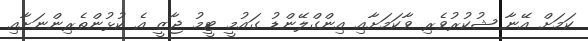
ކަމަށް އޭނާ ޝުކުރުވެރި ވާކަމަށާއި އިންގްލޭންޑު ގައުމީ ޓީމު ޖާޒީ އެ ކުޅުންތެރިންނަށާއި